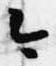
今